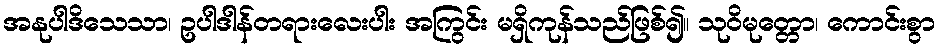
အနုပါဒိသေသာ၊ ဥပါဒါန်တရားလေးပါး အကြွင်း မရှိကုန်သည်ဖြစ်၍။ သုဝိမုတ္တော၊ ကောင်းစွာ